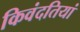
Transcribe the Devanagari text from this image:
किवंदतियां